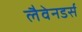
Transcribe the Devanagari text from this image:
लैवेनडर्स